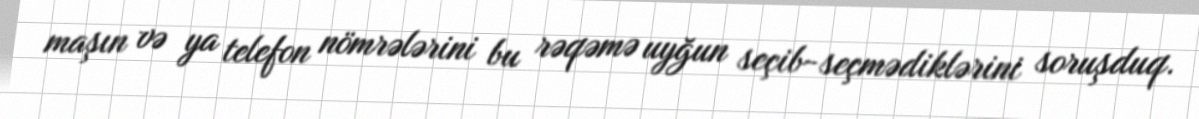
maşın və ya telefon nömrələrini bu rəqəmə uyğun seçib-seçmədiklərini soruşduq.